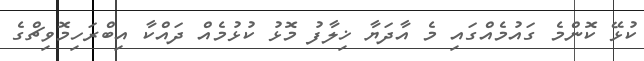
ކުޅޭ ކޮންމެ ގައުމެއްގައި މެ އާދަޔާ ޚިލާފު މޮޅު ކުޅުމެއް ދައްކާ އިބްރަހިމޮވިޗްގެ